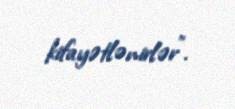
kifayətlənirlər”.